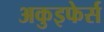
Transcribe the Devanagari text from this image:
अकुइफेर्स